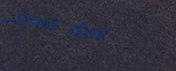
best deal